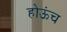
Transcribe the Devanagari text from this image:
होऊंच